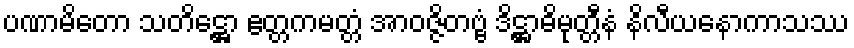
ပဏာမိတော သတိဋ္ဌော ဧတ္တကမတ္တံ အာဝဇ္ဇိတဗ္ဗံ ဒိဋ္ဌာဓိမုတ္တီနံ နိလီယနောကာသဿ